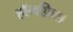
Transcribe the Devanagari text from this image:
हॉगफ़िश